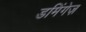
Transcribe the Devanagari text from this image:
डमिंगेज़